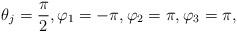
LaTeX: \begin{gather*} \theta_{j} = {\pi\over 2} , \varphi_1 = -\pi,\varphi_2 = \pi, \varphi_3 = \pi,\end{gather*}